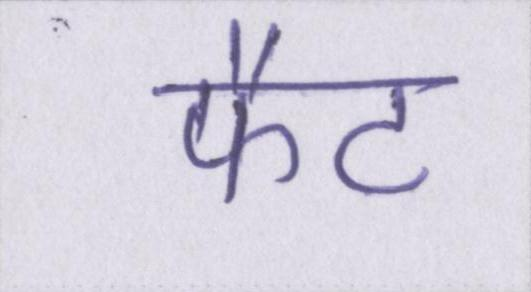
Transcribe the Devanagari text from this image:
फैट